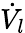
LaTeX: \dot{V_{l}}